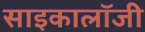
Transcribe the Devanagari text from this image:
साइकालॉजी